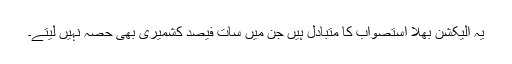
یہ الیکشن بھلا استصواب کا متبادل ہیں جن میں سات فیصد کشمیری بھی حصہ نہیں لیتے۔